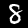
Label: 8